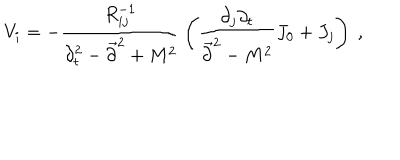
V _ { i } = - { \frac { R _ { i j } ^ { - 1 } } { \partial _ { t } ^ { 2 } - \vec { \partial } ^ { 2 } + M ^ { 2 } } } \left( { \frac { \partial _ { j } \partial _ { t } } { \vec { \partial } ^ { 2 } - M ^ { 2 } } } J _ { 0 } + J _ { j } \right) ~ ,